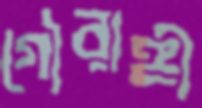
গৌরাঙ্গী